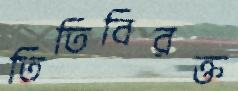
তিতিবিরক্ত